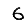
Digit: 6